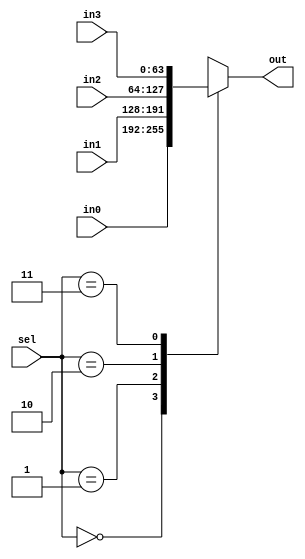
`timescale 1ns / 1ns
//////////////////////////////////////////////////////////////////////////////////
// Company:        CSULB
// Module Name:    mux_4to1
// Project Name:   LabAssignment #6
// Target Devices: Nexys 2 Spartan 3E
// Description:    4 to 1 MUX
//
//////////////////////////////////////////////////////////////////////////////////
module mux_4to1(in3, in2, in1, in0, out, sel);

  input [1:0]  sel;
  input [63:0] in3, in2, in1, in0;

  output [63:0] out;
  reg    [63:0] out;

  always @(*)
     case(sel)
        2'b00: out = in0;
        2'b01: out = in1;
        2'b10: out = in2;
        2'b11: out = in3;
        default: out = 64'hz;
     endcase

endmodule